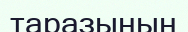
таразының